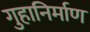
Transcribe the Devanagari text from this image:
गुहानिर्माण